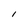
Character: l